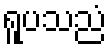
ရူပသညံ